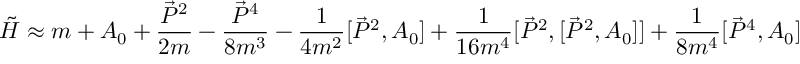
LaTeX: \tilde { H } \approx m + A _ { 0 } + \frac { \vec { P } ^ { 2 } } { 2 m } - \frac { \vec { P } ^ { 4 } } { 8 m ^ { 3 } } - \frac { 1 } { 4 m ^ { 2 } } [ \vec { P } ^ { 2 } , A _ { 0 } ] + \frac { 1 } { 1 6 m ^ { 4 } } [ \vec { P } ^ { 2 } , [ \vec { P } ^ { 2 } , A _ { 0 } ] ] + \frac { 1 } { 8 m ^ { 4 } } [ \vec { P } ^ { 4 } , A _ { 0 } ]